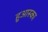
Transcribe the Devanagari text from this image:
हुआस्का